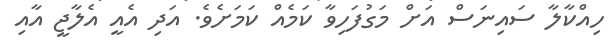
ހިއްކާލާ ސައިނަސް އަށް މަގުފަހިވާ ކަމެއް ކަމަށެވެ. އަދި އެއީ އެލާޖީ އާއި